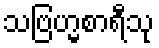
သဗြဟ္မစာရီသု